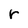
Character: r